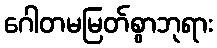
ဂေါတမမြတ်စွာဘုရား